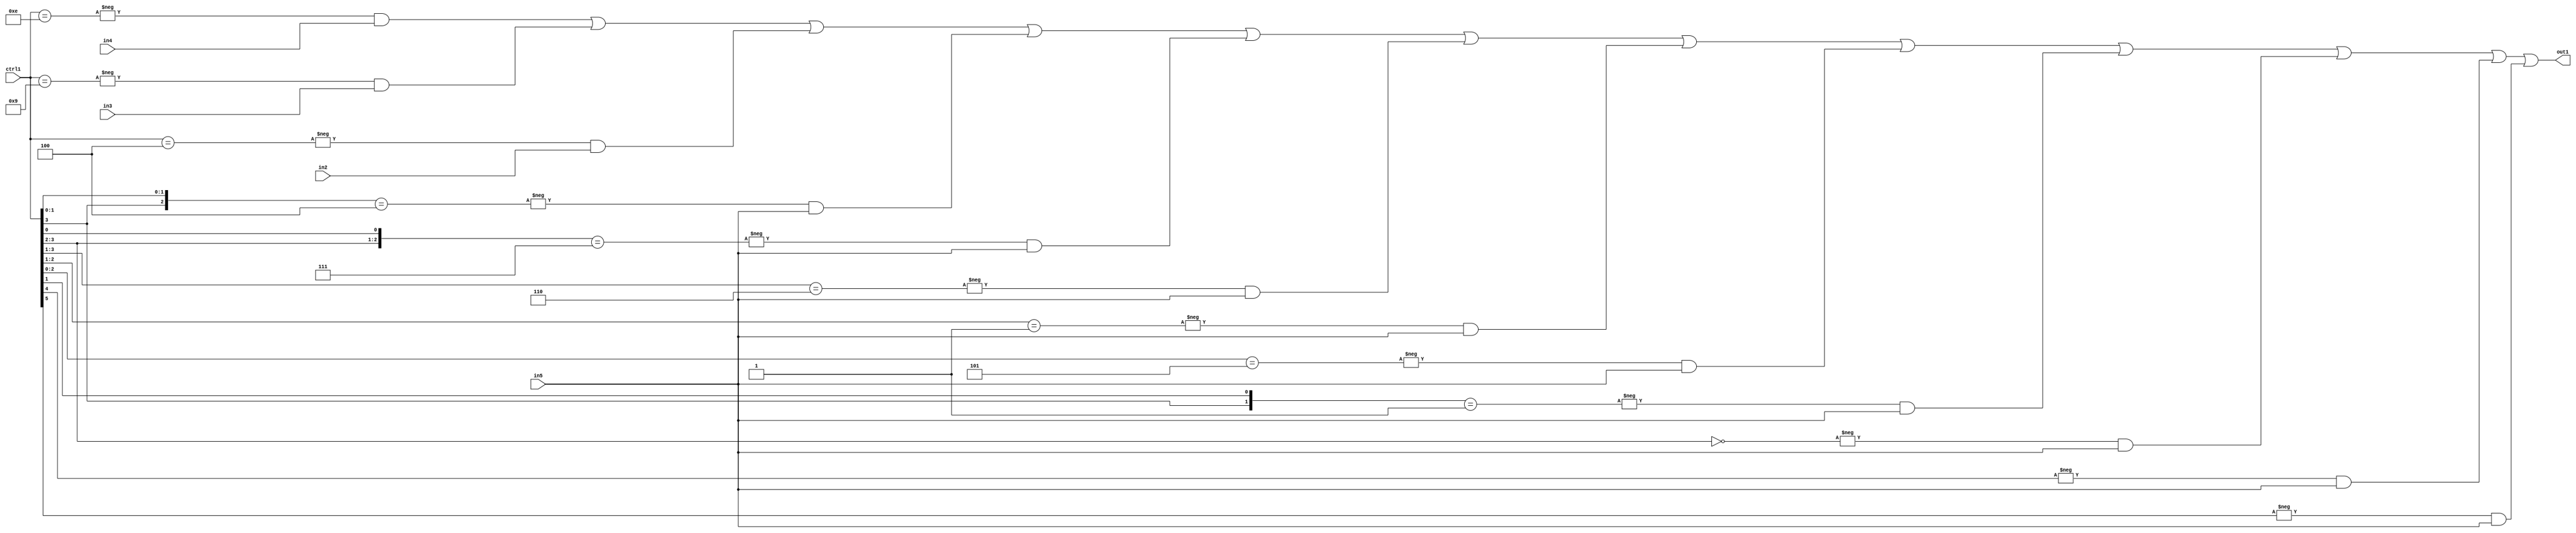
`timescale 1ps / 1ps
/*****************************************************************************
    Verilog RTL Description
    
    
    Created by: Stratus DpOpt 21.05.01 
*******************************************************************************/

module SobelFilter_N_Mux_32_4_31_1 (
	in5,
	in4,
	in3,
	in2,
	ctrl1,
	out1
	); /* architecture "behavioural" */ 
input [31:0] in5;
input [8:0] in4,
	in3,
	in2;
input [5:0] ctrl1;
output [31:0] out1;
wire [31:0] asc001;

assign asc001 = 
	-{ctrl1 == 6'B001110} & in4 |
	-{ctrl1 == 6'B001001} & in3 |
	-{ctrl1 == 6'B000100} & in2 |
	-{{ctrl1[3], ctrl1[1:0]} == 3'B100} & in5 |
	-{{ctrl1[3:2], ctrl1[0]} == 3'B111} & in5 |
	-{ctrl1[3:1] == 3'B110} & in5 |
	-{ctrl1[2:1] == 2'B01} & in5 |
	-{ctrl1[2:0] == 3'B101} & in5 |
	-{{ctrl1[3], ctrl1[1]} == 2'B01} & in5 |
	-{ctrl1[3:2] == 2'B00} & in5 |
	-{ctrl1[4] == 1'B1} & in5 |
	-{ctrl1[5] == 1'B1} & in5 ;

assign out1 = asc001;
endmodule

/* CADENCE  vbX2Qwo= : u9/ySxbfrwZIxEzHVQQV8Q== ** DO NOT EDIT THIS LINE ******/